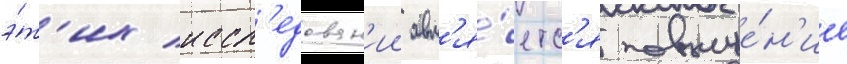
э́т'их иссл'едован'ии явл'я́етс'я повыше́н'ие